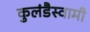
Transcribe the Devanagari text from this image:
कुलंडैस्वामी